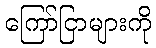
ကြော်ငြာများကို